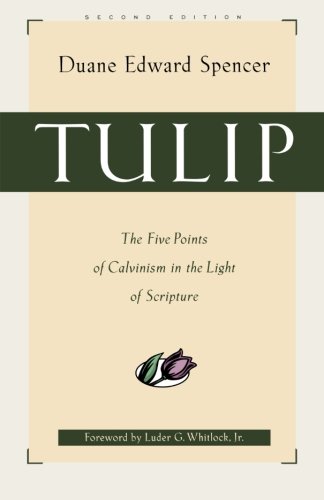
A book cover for Tulip: The Five Points of Calvinism in the Light of Scripture; Duane Edward Spencer; Christian Books & Bibles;